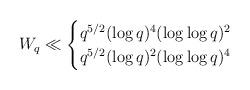
LaTeX: \begin{align*}W_q \ll \begin{cases}q^{5/2} (\log q)^4 (\log\log q)^2 & \\q^{5/2} (\log q)^2 (\log\log q)^4 & \end{cases}\end{align*}